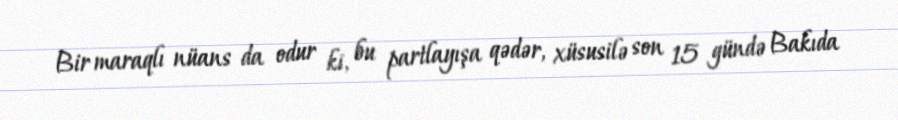
Bir maraqlı nüans da odur ki, bu partlayışa qədər, xüsusilə son 15 gündə Bakıda